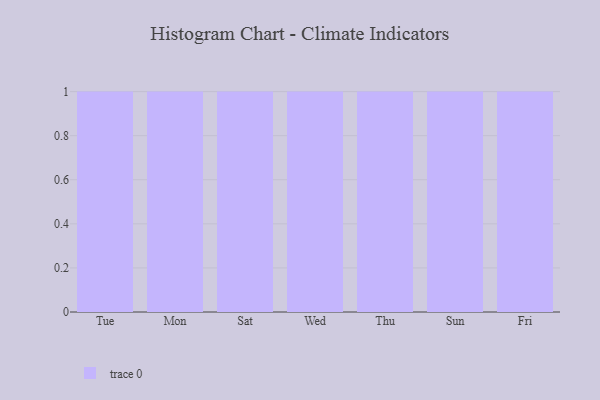
{"axis": {"x": "Day", "y": "Market Share (%)"}, "legend": [""], "data": [{"x": "Tue", "y": 100, "type": ""}, {"x": "Mon", "y": 76, "type": ""}, {"x": "Sat", "y": 68, "type": ""}, {"x": "Wed", "y": 76, "type": ""}, {"x": "Thu", "y": 70, "type": ""}, {"x": "Sun", "y": 1, "type": ""}, {"x": "Fri", "y": 86, "type": ""}]}